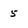
Character: 5